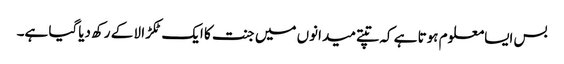
بس ایسامعلوم ہوتا ہے کہ تپتے میدانوں میں جنت کا ایک ٹکڑا لا کے رکھ دیاگیا ہے۔